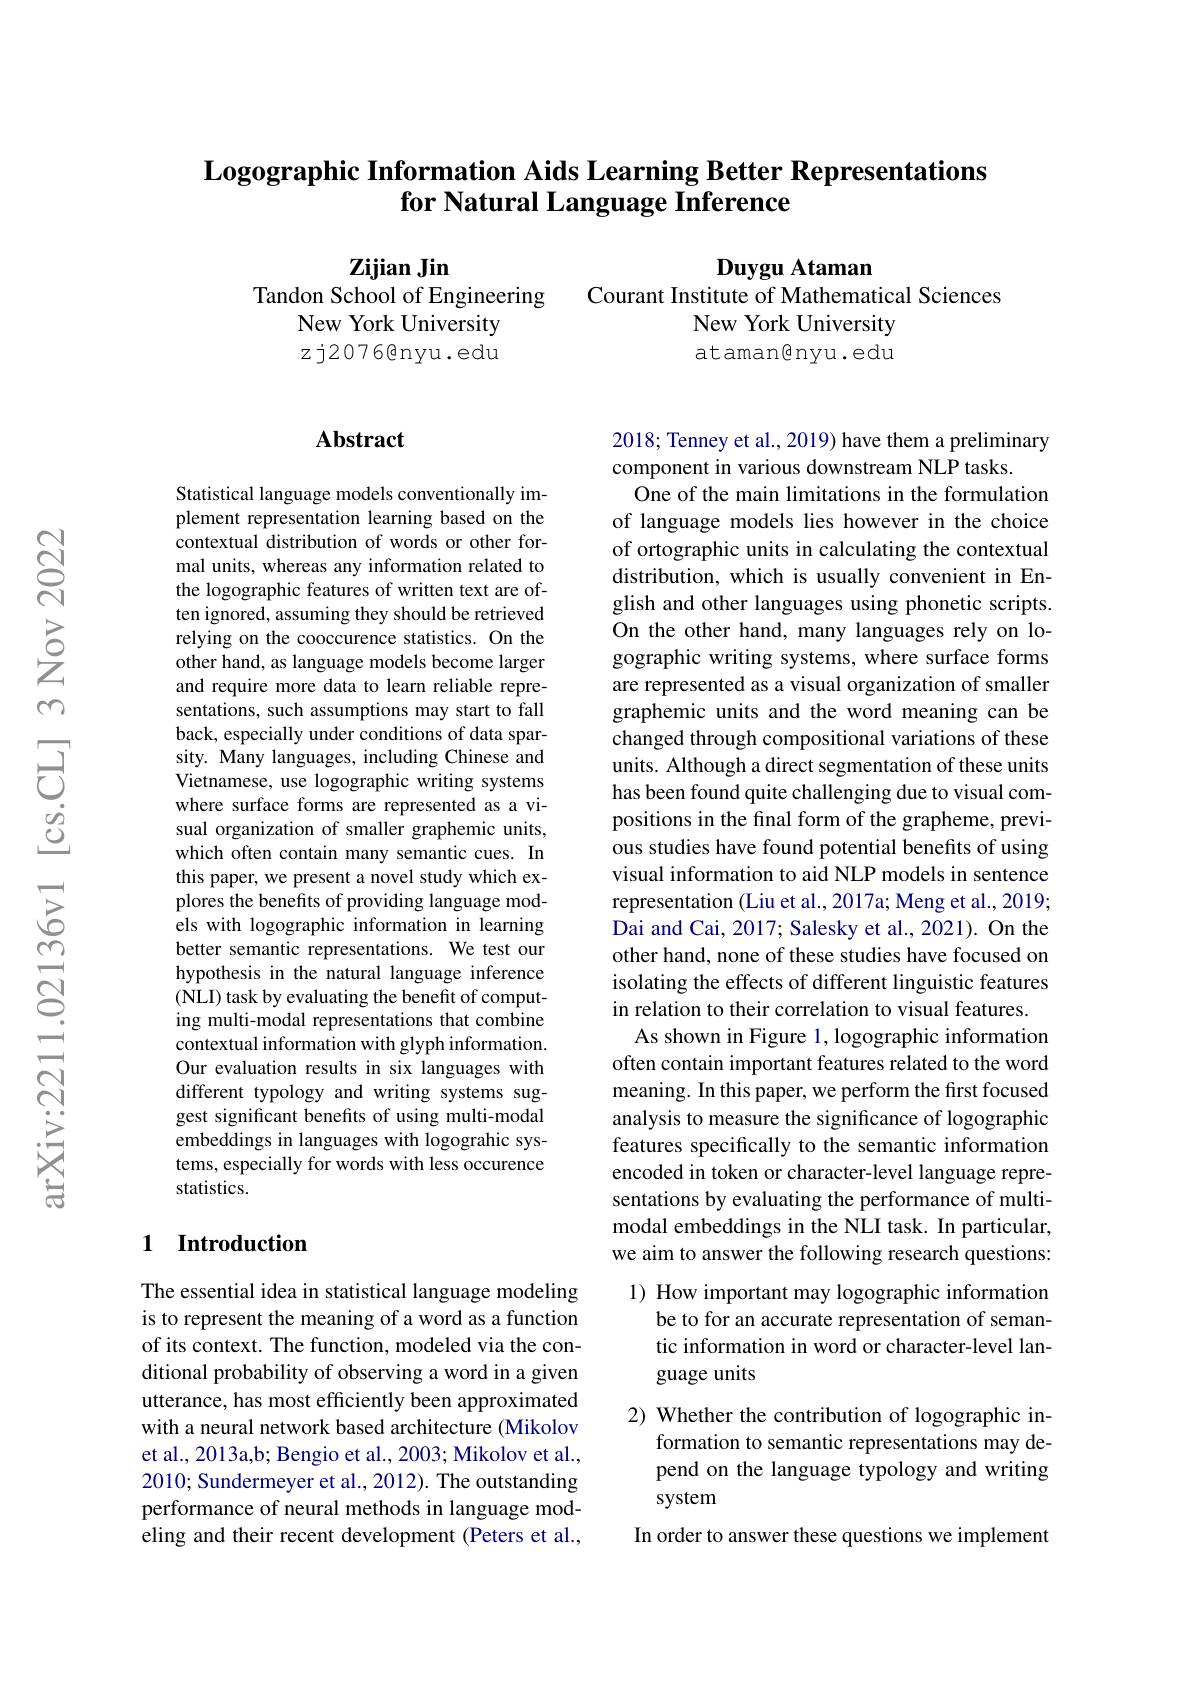
## Logographic Information Aids Learning Better Representations for Natural Language Inference

$\mathbf{Zijian}$ Jin
Duygu Ataman
Tandon School of Engineering
Courant Institute of Mathematical Sciences
New York University
New York University
zj2076@nyu.edu
ataman@nyu.edu

## Abstract

Statistical language models conventionally implement representation learning based on the contextual distribution of words or other formal units, whereas any information related to the logographic features of written text are often ignored, assuming they should be retrieved relying on the cooccurence statistics. On the other hand, as language models become larger and require more data to learn reliable representations, such assumptions may start to fall back, especially under conditions of data sparsity. Many languages, including Chinese and Vietnamese, use logographic writing systems where surface forms are represented as a visual organization of smaller graphemic units, which often contain many semantic cues. In this paper, we present a novel study which explores the benefits of providing language models with logographic information in learning better semantic representations. We test our hypothesis in the natural language inference (NLI) task by evaluating the benefit of computing multi-modal representations that combine contextual information with glyph information Our evaluation results in six languages with different typology and writing systems suggest significant benefits of using multi-modal embeddings in languages with logograhic systems, especially for words with less occurence statistics.

2018; Tenney et al., 2019) have them a preliminary
component in various downstream NLP tasks.
One of the main limitations in the formulation of language models lies however in the choice of ortographic units in calculating the contextual distribution, which is usually convenient in English and other languages using phonetic scripts. On the other hand, many languages rely on logographic writing systems, where surface forms are represented as a visual organization of smaller graphemic units and the word meaning can be changed through compositional variations of these units. Although a direct segmentation of these units has been found quite challenging due to visual compositions in the final form of the grapheme, previous studies have found potential benefits of using visual information to aid NLP models in sentence representation (Liu et al., 2017a; Meng et al., 2019; Dai and Cai, 2017; Salesky et al., 2021). On the other hand, none of these studies have focused on isolating the effects of different linguistic features in relation to their correlation to visual features.
As shown in Figure 1, logographic information often contain important features related to the word meaning. In this paper, we perform the first focused analysis to measure the significance of logographic features specifically to the semantic information encoded in token or character-level language representations by evaluating the performance of multimodal embeddings in the NLI task. In particular, we aim to answer the following research questions: 1) How important may logographic information
be to for an accurate representation of seman-

## 1 Introduction

tic information in word or character-level lan-
## guage units

The essential idea in statistical language modeling is to represent the meaning of a word as a function of its context. The function, modeled via the conditional probability of observing a word in a given utterance, has most efficiently been approximated with a neural network based architecture (Mikolov et al., 2013a,b; Bengio et al., 2003; Mikolov et al., 2010; Sundermeyer et al., 2012). The outstanding performance of neural methods in language modeling and their recent development (Peters et al.,

2) Whether the contribution of logographic in-
formation to semantic representations may depend on the language typology and writing system
In order to answer these questions we implement